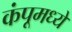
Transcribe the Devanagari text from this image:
कंपूमध्ये